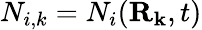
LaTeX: N_{i,k}=N_{i}(\mathbf{\mathbf{R}_{k}},t)